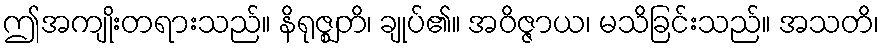
ဤအကျိုးတရားသည်။ နိရုဇ္ဈတိ၊ ချုပ်၏။ အဝိဇ္ဇာယ၊ မသိခြင်းသည်။ အသတိ၊